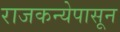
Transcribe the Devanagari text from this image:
राजकन्येपासून